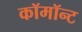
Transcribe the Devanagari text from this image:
कॉमॉन्ट